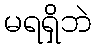
မရရှိဘဲ